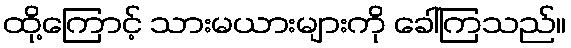
ထို့ကြောင့် သားမယားများကို ခေါ်ကြသည်။